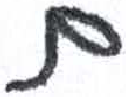
אות: ם